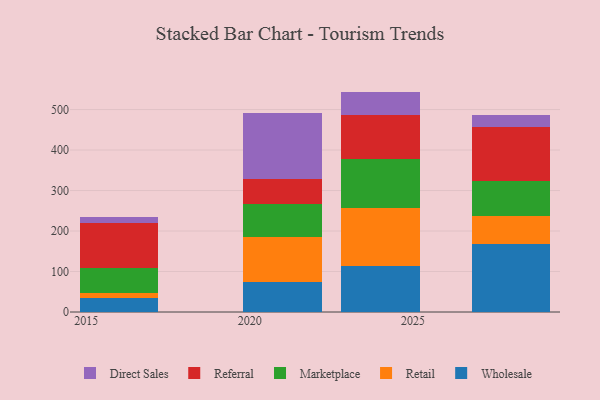
{"axis": {"x": "Year", "y": "Latency (ms)"}, "legend": ["Direct Sales", "Marketplace", "Referral", "Retail", "Wholesale"], "data": [{"x": "2021", "y": 74.2, "type": "Wholesale"}, {"x": "2021", "y": 111.9, "type": "Retail"}, {"x": "2021", "y": 79.7, "type": "Marketplace"}, {"x": "2021", "y": 62.2, "type": "Referral"}, {"x": "2021", "y": 163.8, "type": "Direct Sales"}, {"x": "2016", "y": 34.1, "type": "Wholesale"}, {"x": "2016", "y": 12.8, "type": "Retail"}, {"x": "2016", "y": 61.2, "type": "Marketplace"}, {"x": "2016", "y": 112.4, "type": "Referral"}, {"x": "2016", "y": 13.2, "type": "Direct Sales"}, {"x": "2028", "y": 167.3, "type": "Wholesale"}, {"x": "2028", "y": 70.7, "type": "Retail"}, {"x": "2028", "y": 85.6, "type": "Marketplace"}, {"x": "2028", "y": 134.3, "type": "Referral"}, {"x": "2028", "y": 29.3, "type": "Direct Sales"}, {"x": "2024", "y": 113.1, "type": "Wholesale"}, {"x": "2024", "y": 144.8, "type": "Retail"}, {"x": "2024", "y": 119.0, "type": "Marketplace"}, {"x": "2024", "y": 109.7, "type": "Referral"}, {"x": "2024", "y": 57.7, "type": "Direct Sales"}]}